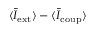
\langle \bar { I } _ { \mathrm { e x t } } \rangle - \langle \bar { I } _ { \mathrm { c o u p } } \rangle